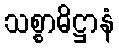
သစ္စာဓိဋ္ဌာနံ